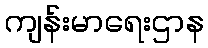
ကျန်းမာရေးဌာန